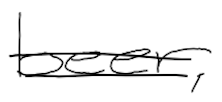
Text: beer,
Cross-out: mix
Writing tool: digital_black